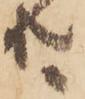
共